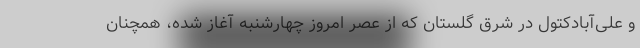
و علی‌آبادکتول در شرق گلستان که از عصر امروز چهارشنبه آغاز شده، همچنان